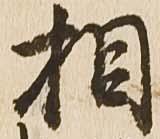
相